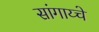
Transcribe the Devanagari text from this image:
सांगाय्चे